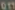
011